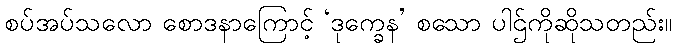
စပ်အပ်သလော စောဒနာကြောင့် ‘ဒုက္ခေန’ စသော ပါဌ်ကိုဆိုသတည်း။